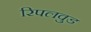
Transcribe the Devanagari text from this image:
रिपलवुड